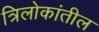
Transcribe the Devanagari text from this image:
त्रिलोकांतील